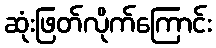
ဆုံးဖြတ်လိုက်ကြောင်း